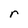
Character: r